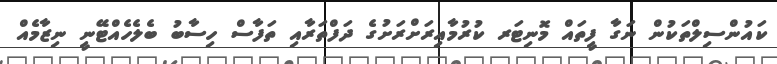
ކައުންސިލްތަކުން ނަގާ ފީތައް މޮނިޓަރ ކުރުމާއިރަށްރަށުގެ ދަފްތަރާއި ތަފާސް ހިސާބު ބެލެހެއްޓޭނީ ނިޒާމެއް